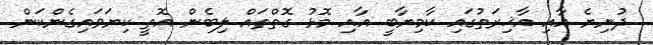
ދުނިޔެ އާއި އާޚިރަތުގައި ކާމިޔާބީ އާއި މޮޅު ގޮތްތައް ލިބެން އޮތީ ކިޔަވައިގެންކަން